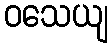
ဝသေယျ